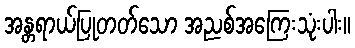
အန္တရာယ်ပြုတတ်သော အညစ်အကြေးသုံးပါး။